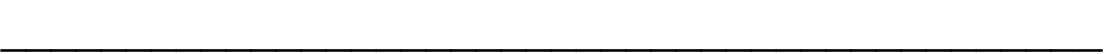
____________________________________________